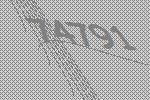
74791